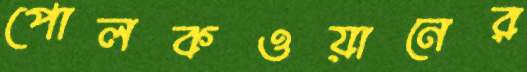
পোলকওয়ানের